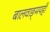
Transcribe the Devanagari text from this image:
बालवाङ्‌मयही